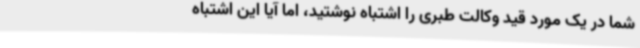
شما در یک مورد قید وکالت طبری را اشتباه نوشتید، اما آیا این اشتباه